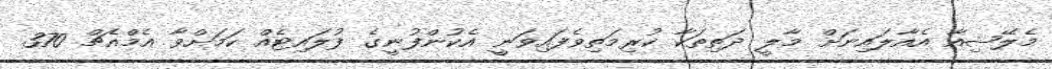
މެލޭޝިއާ އެއާލައިނަށް މާލީ ދަތިތަކާ ކުރިމަތިވެފައިވަނީ އެކުންފުނީގެ ފުލައިޓެއް ކަމަށްވާ އެމްއެޗް 370